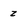
Character: z